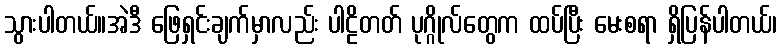
သွားပါတယ်။အဲဒီ ဖြေရှင်းချက်မှာလည်း ပါဠိတတ် ပုဂ္ဂိုလ်တွေက ထပ်ပြီး မေးစရာ ရှိပြန်ပါတယ်၊